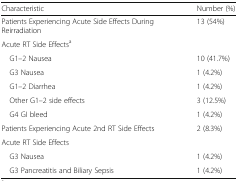
<table><thead><tr><td><b>Characteristic</b></td><td><b>Number (%)</b></td></tr></thead><tbody><tr><td>Patients Experiencing Acute Side Effects During Reirradiation</td><td>13 (54%)</td></tr><tr><td colspan="2">Acute RT Side Effects<sup>a</sup></td></tr><tr><td> G1–2 Nausea</td><td>10 (41.7%)</td></tr><tr><td> G3 Nausea</td><td>1 (4.2%)</td></tr><tr><td> G1–2 Diarrhea</td><td>1 (4.2%)</td></tr><tr><td> Other G1–2 side effects</td><td>3 (12.5%)</td></tr><tr><td> G4 GI bleed</td><td>1 (4.2%)</td></tr><tr><td>Patients Experiencing Acute 2nd RT Side Effects</td><td>2 (8.3%)</td></tr><tr><td colspan="2">Acute RT Side Effects</td></tr><tr><td> G3 Nausea</td><td>1 (4.2%)</td></tr><tr><td> G3 Pancreatitis and Biliary Sepsis</td><td>1 (4.2%)</td></tr></tbody></table>